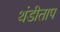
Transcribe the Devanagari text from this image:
थंडीताप